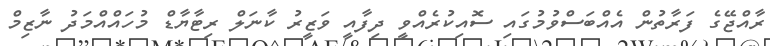
ރާއްޖޭގެ ފަރާތުން އެއްބަސްވުމުގައި ސޮއިކުރެއްވީ ދިފާއީ ވަޒީރު ކާނަލް ރިޓާޔާޑް މުހައްއްމަދު ނާޒިމް